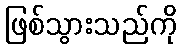
ဖြစ်သွားသည်ကို